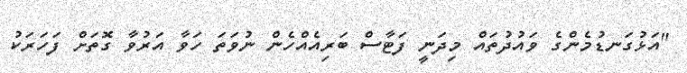
"އަޅުގަނޑުމެންގެ ވައުދުތައް މިދަނީ ފަޓާސް ބަރިއެއްހެން ނުވަތަ ހަވާ އަރުވާ ގޮތަށް ފަހަރަކު